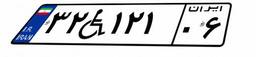
۳۲W۱۲۱۰۶